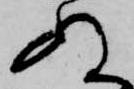
ぬ